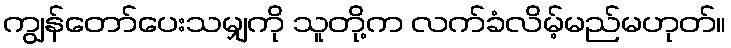
ကျွန်တော်ပေးသမျှကို သူတို့က လက်ခံလိမ့်မည်မဟုတ်။